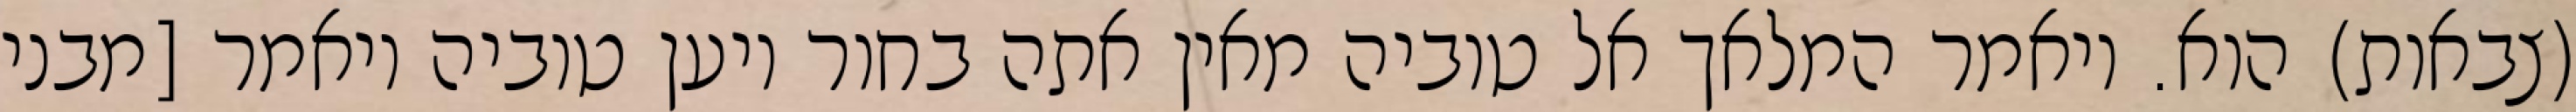
(צבאות) הוא. ויאמר המלאך אל טוביה מאין אתה בחור ויען טוביה ויאמר [מבני